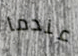
عندما